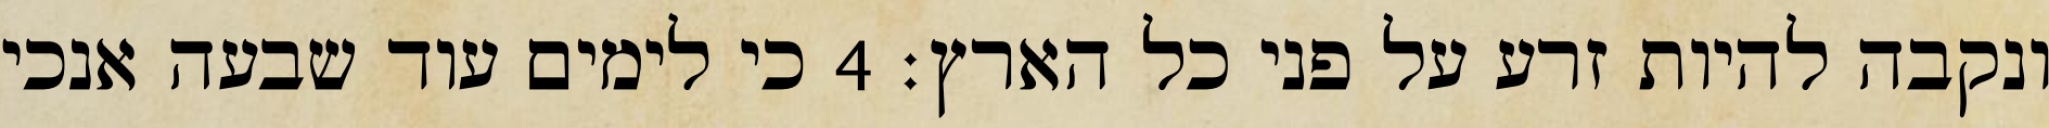
ונקבה להיות זרע על פני כל הארץ׃ ‎4‏ כי לימים עוד שבעה אנכי